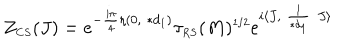
LaTeX: Z _ { \scriptscriptstyle C S } ( J ) = e ^ { - \frac { i \pi } { 4 } \eta ( 0 , \ast d _ { \scriptscriptstyle 1 } ) } \tau _ { \scriptscriptstyle R S } ( M ) ^ { \scriptscriptstyle 1 / 2 } e ^ { i \langle J , \frac { 1 } { \ast d _ { \scriptscriptstyle 1 } } J \rangle }